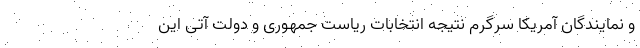
و نمایندگان آمریکا سرگرم نتیجه انتخابات ریاست جمهوری و دولت آتی این